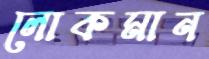
লোকমান